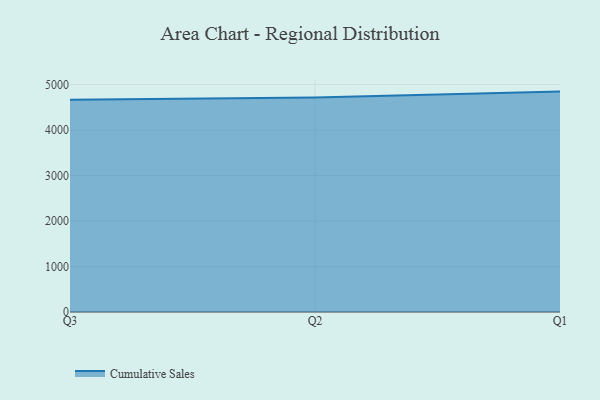
{"axis": {"x": "Quarter", "y": "Budget (USD K)"}, "legend": ["Cumulative Sales"], "data": [{"x": "Q3", "y": 4665.1, "type": "Cumulative Sales"}, {"x": "Q2", "y": 4714.5, "type": "Cumulative Sales"}, {"x": "Q1", "y": 4844.5, "type": "Cumulative Sales"}]}